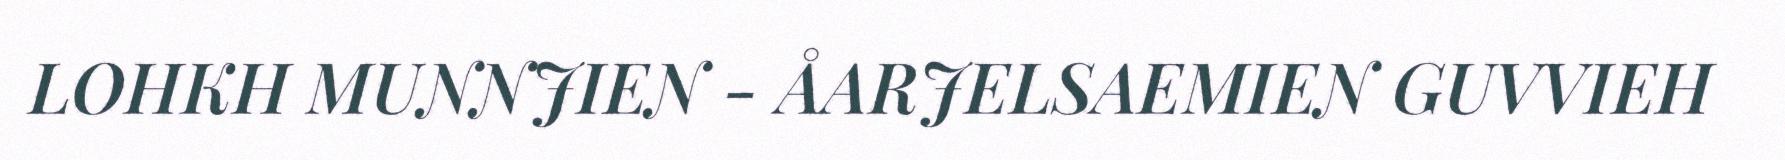
LOHKH MUNNJIEN - ÅARJELSAEMIEN GUVVIEH